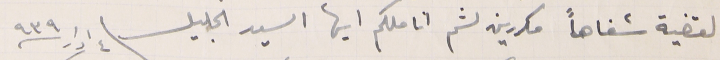
القضية شفاهاً مكررين لثم اناملكم ايها السيد الجليل ٤ ادار ٩٣٩